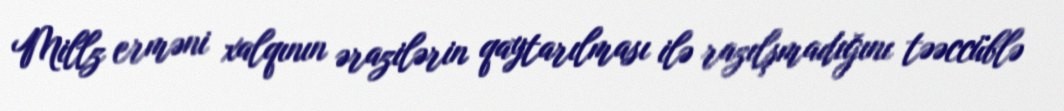
Millz erməni xalqının ərazilərin qaytarılması ilə razılşmadığını təəccüblə